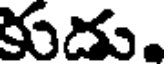
కుదు.